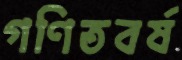
গণিতবর্ষ